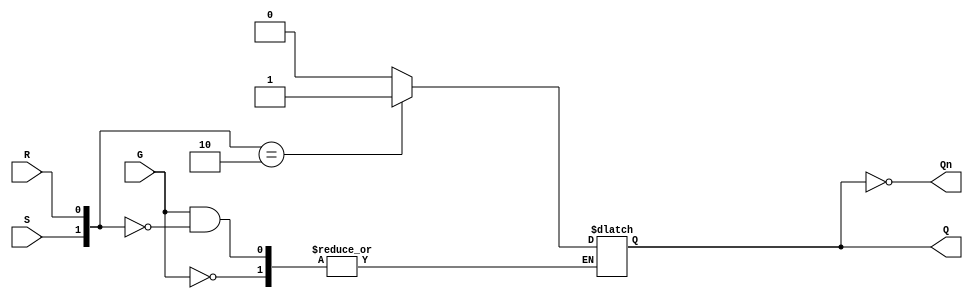
module gated_sr_latch (
    input wire S,      // Set input
    input wire R,      // Reset input
    input wire G,      // Gate input
    output reg Q,      // Output Q
    output wire Qn     // Complement of Q
);

    assign Qn = ~Q;    // Complement output

    always @(G, S, R) begin
        if (G == 0) begin
            // Hold state
            Q <= Q;   // Maintain previous state
        end else begin
            // G is high, check S and R
            case ({S, R})
                2'b00: Q <= Q;   // Hold state
                2'b01: Q <= 0;   // Reset state
                2'b10: Q <= 1;   // Set state
                2'b11: Q <= 1'bx; // Invalid state (undefined)
            endcase
        end
    end

endmodule